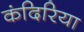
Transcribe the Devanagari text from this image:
कंदिरिया